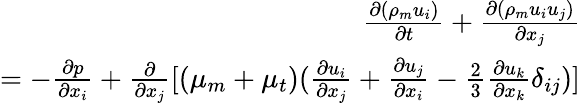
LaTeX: \begin{array}{r}{\frac{\partial(\rho_{m}u_{i})}{\partial t}+\frac{\partial(\rho_{m}u_{i}u_{j})}{\partial x_{j}}}\\ {=-\frac{\partial p}{\partial x_{i}}+\frac{\partial}{\partial x_{j}}[(\mu_{m}+\mu_{t})(\frac{\partial u_{i}}{\partial x_{j}}+\frac{\partial u_{j}}{\partial x_{i}}-\frac{2}{3}\frac{\partial u_{k}}{\partial x_{k}}\delta_{ij})]}\end{array}